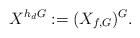
LaTeX: \begin{align*}X^{h_dG}:=(X_{f,G})^G.\end{align*}